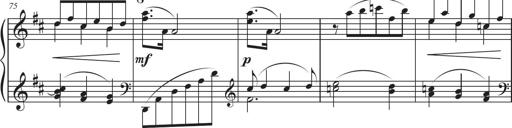
Title: Sonatina in D major
Composer: Shota Saitoh
Key: D major